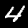
Label: 4